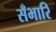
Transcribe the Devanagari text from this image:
सँभारि